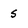
Character: s